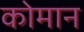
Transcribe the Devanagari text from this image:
कोमान